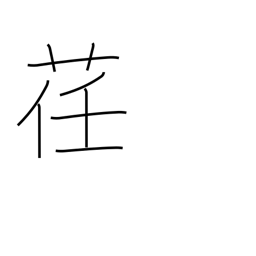
Meaning: pliable